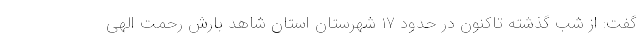
گفت: از شب گذشته تاکنون در حدود ۱۷ شهرستان استان شاهد بارش رحمت الهی